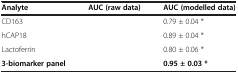
<table><thead><tr><td><b>Analyte</b></td><td><b>AUC (raw data)</b></td><td><b>AUC (modelled data)</b></td></tr></thead><tbody><tr><td>CD163</td><td>[EMPTY_CELL]</td><td>0.79 ± 0.04 *</td></tr><tr><td>hCAP18</td><td>[EMPTY_CELL]</td><td>0.89 ± 0.04 *</td></tr><tr><td>Lactoferrin</td><td>[EMPTY_CELL]</td><td>0.80 ± 0.06 *</td></tr><tr><td><b>3-biomarker panel</b></td><td>[EMPTY_CELL]</td><td><b>0.95 ± 0.03 *</b></td></tr></tbody></table>